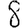
Digit: 8